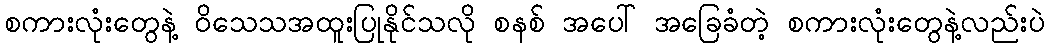
စကားလုံးတွေနဲ့ ဝိသေသအထူးပြုနိုင်သလို စနစ် အပေါ် အခြေခံတဲ့ စကားလုံးတွေနဲ့လည်းပဲ